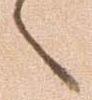
候